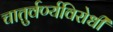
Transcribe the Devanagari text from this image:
चातुर्वर्ण्यविरोधी